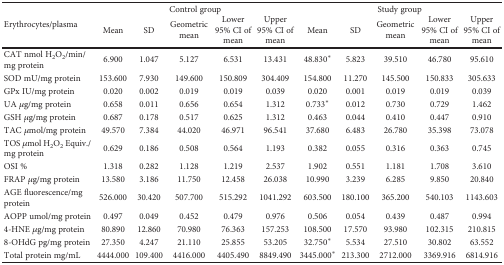
<table><thead><tr><td rowspan="2"><b>Erythrocytes/plasma</b></td><td colspan="5"><b>Control group</b></td><td colspan="5"><b>Study group</b></td></tr><tr><td><b>Mean</b></td><td><b>SD</b></td><td><b>Geometric mean</b></td><td><b>Lower 95% CI of mean</b></td><td><b>Upper 95% CI of mean</b></td><td><b>Mean</b></td><td><b>SD</b></td><td><b>Geometric mean</b></td><td><b>Lower 95% CI of mean</b></td><td><b>Upper 95% CI of mean</b></td></tr></thead><tbody><tr><td>CAT nmol H<sub>2</sub>O<sub>2</sub>/min/mg protein</td><td>6.900</td><td>1.047</td><td>5.127</td><td>6.531</td><td>13.431</td><td>48.830<sup>∗</sup></td><td>5.823</td><td>39.510</td><td>46.780</td><td>95.610</td></tr><tr><td>SOD mU/mg protein</td><td>153.600</td><td>7.930</td><td>149.600</td><td>150.809</td><td>304.409</td><td>154.800</td><td>11.270</td><td>145.500</td><td>150.833</td><td>305.633</td></tr><tr><td>GPx IU/mg protein</td><td>0.020</td><td>0.002</td><td>0.019</td><td>0.019</td><td>0.039</td><td>0.020</td><td>0.001</td><td>0.019</td><td>0.019</td><td>0.039</td></tr><tr><td>UA <i>μ</i>g/mg protein</td><td>0.658</td><td>0.011</td><td>0.656</td><td>0.654</td><td>1.312</td><td>0.733<sup>∗</sup></td><td>0.012</td><td>0.730</td><td>0.729</td><td>1.462</td></tr><tr><td>GSH <i>μ</i>g/mg protein</td><td>0.687</td><td>0.178</td><td>0.517</td><td>0.625</td><td>1.312</td><td>0.463</td><td>0.044</td><td>0.410</td><td>0.447</td><td>0.910</td></tr><tr><td>TAC <i>μ</i>mol/mg protein</td><td>49.570</td><td>7.384</td><td>44.020</td><td>46.971</td><td>96.541</td><td>37.680</td><td>6.483</td><td>26.780</td><td>35.398</td><td>73.078</td></tr><tr><td>TOS <i>μ</i>mol H<sub>2</sub>O<sub>2</sub> Equiv./mg protein</td><td>0.629</td><td>0.186</td><td>0.508</td><td>0.564</td><td>1.193</td><td>0.382</td><td>0.055</td><td>0.316</td><td>0.363</td><td>0.745</td></tr><tr><td>OSI %</td><td>1.318</td><td>0.282</td><td>1.128</td><td>1.219</td><td>2.537</td><td>1.902</td><td>0.551</td><td>1.181</td><td>1.708</td><td>3.610</td></tr><tr><td>FRAP <i>μ</i>g/mg protein</td><td>13.580</td><td>3.186</td><td>11.750</td><td>12.458</td><td>26.038</td><td>10.990</td><td>3.239</td><td>6.285</td><td>9.850</td><td>20.840</td></tr><tr><td>AGE fluorescence/mg protein</td><td>526.000</td><td>30.420</td><td>507.700</td><td>515.292</td><td>1041.292</td><td>603.500</td><td>180.100</td><td>365.200</td><td>540.103</td><td>1143.603</td></tr><tr><td>AOPP umol/mg protein</td><td>0.497</td><td>0.049</td><td>0.452</td><td>0.479</td><td>0.976</td><td>0.506</td><td>0.054</td><td>0.439</td><td>0.487</td><td>0.994</td></tr><tr><td>4-HNE <i>μ</i>g/mg protein</td><td>80.890</td><td>12.860</td><td>70.980</td><td>76.363</td><td>157.253</td><td>108.500</td><td>17.570</td><td>93.980</td><td>102.315</td><td>210.815</td></tr><tr><td>8-OHdG pg/mg protein</td><td>27.350</td><td>4.247</td><td>21.110</td><td>25.855</td><td>53.205</td><td>32.750<sup>∗</sup></td><td>5.534</td><td>27.510</td><td>30.802</td><td>63.552</td></tr><tr><td>Total protein mg/mL</td><td>4444.000</td><td>109.400</td><td>4416.000</td><td>4405.490</td><td>8849.490</td><td>3445.000<sup>∗</sup></td><td>213.300</td><td>2712.000</td><td>3369.916</td><td>6814.916</td></tr></tbody></table>